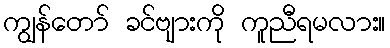
ကျွန်တော် ခင်ဗျားကို ကူညီရမလား။